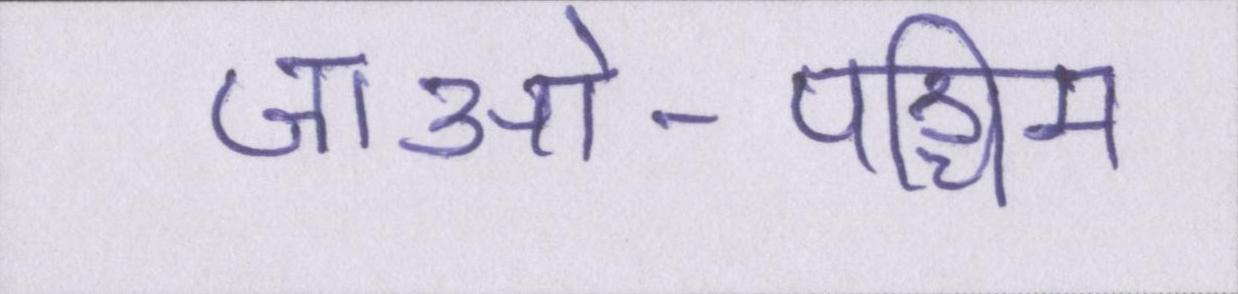
जाओ-पश्चिम